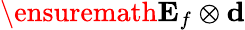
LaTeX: \ensuremath{\mathbf{E}_{f}}\otimes\mathbf{d}